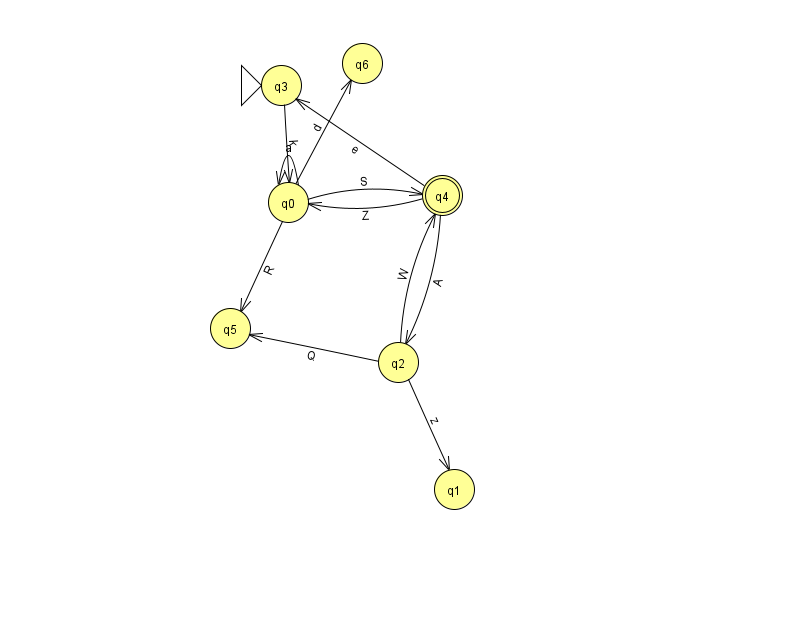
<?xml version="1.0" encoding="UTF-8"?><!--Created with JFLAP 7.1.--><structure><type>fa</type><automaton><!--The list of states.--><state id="0" name="q0"><x>288.0</x><y>189.0</y></state><state id="1" name="q1"><x>454.0</x><y>476.0</y></state><state id="2" name="q2"><x>398.0</x><y>349.0</y></state><state id="3" name="q3"><x>281.0</x><y>72.0</y><initial/></state><state id="4" name="q4"><x>442.0</x><y>182.0</y><final/></state><state id="5" name="q5"><x>230.0</x><y>315.0</y></state><state id="6" name="q6"><x>362.0</x><y>50.0</y></state><!--The list of transitions.--><transition><from>0</from><to>0</to><read>a</read></transition><transition><from>2</from><to>1</to><read>z</read></transition><transition><from>2</from><to>5</to><read>Q</read></transition><transition><from>4</from><to>0</to><read>Z</read></transition><transition><from>0</from><to>5</to><read>R</read></transition><transition><from>3</from><to>0</to><read>k</read></transition><transition><from>2</from><to>4</to><read>W</read></transition><transition><from>4</from><to>3</to><read>e</read></transition><transition><from>0</from><to>6</to><read>d</read></transition><transition><from>0</from><to>4</to><read>S</read></transition><transition><from>4</from><to>2</to><read>A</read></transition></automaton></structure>